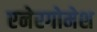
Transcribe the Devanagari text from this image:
एनेरगोमेश